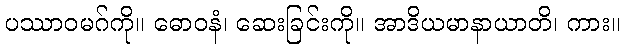
ပဿာဝမဂ်ကို။ ဓောဝနံ၊ ဆေးခြင်းကို။ အာဒိယမာနာယာတိ၊ ကား။